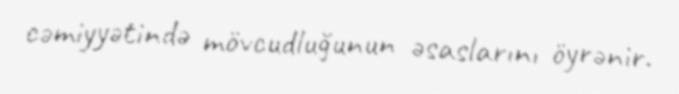
cəmiyyətində mövcudluğunun əsaslarını öyrənir.